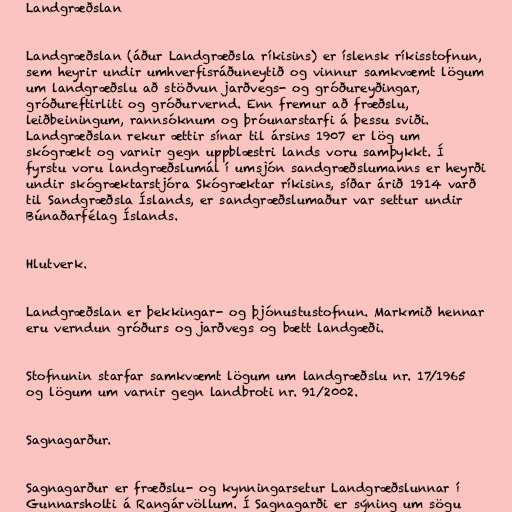
Landgræðslan

Landgræðslan (áður Landgræðsla ríkisins) er íslensk ríkisstofnun,
sem heyrir undir umhverfisráðuneytið og vinnur samkvæmt lögum
um landgræðslu að stöðvun jarðvegs- og gróðureyðingar,
gróðureftirliti og gróðurvernd. Enn fremur að fræðslu,
leiðbeiningum, rannsóknum og þróunarstarfi á þessu sviði.
Landgræðslan rekur ættir sínar til ársins 1907 er lög um
skógrækt og varnir gegn uppblæstri lands voru samþykkt. Í
fyrstu voru landgræðslumál í umsjón sandgræðslumanns er heyrði
undir skógræktarstjóra Skógræktar ríkisins, síðar árið 1914 varð
til Sandgræðsla Íslands, er sandgræðslumaður var settur undir
Búnaðarfélag Íslands.

Hlutverk.

Landgræðslan er þekkingar- og þjónustustofnun. Markmið hennar
eru verndun gróðurs og jarðvegs og bætt landgæði.

Stofnunin starfar samkvæmt lögum um landgræðslu nr. 17/1965
og lögum um varnir gegn landbroti nr. 91/2002.

Sagnagarður.

Sagnagarður er fræðslu- og kynningarsetur Landgræðslunnar í
Gunnarsholti á Rangárvöllum. Í Sagnagarði er sýning um sögu